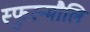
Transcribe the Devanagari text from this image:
स्फुरन्मौलि